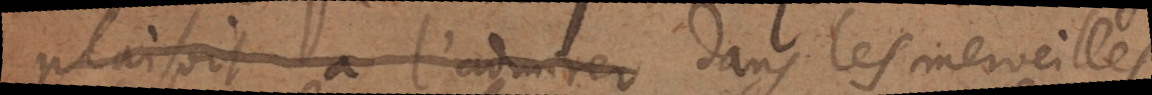
plaisait à ]l’admirer] dans les merveilles